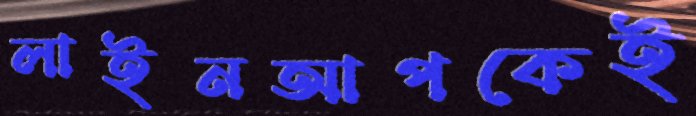
লাইনআপকেই